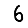
Digit: 6